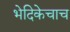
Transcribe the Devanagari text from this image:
भेदिकेचाच